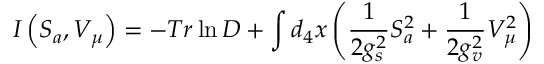
I \left( S _ { a } , V _ { \mu } \right) = - T r \ln D + \int d _ { 4 } x \left( \frac 1 { 2 g _ { s } ^ { 2 } } S _ { a } ^ { 2 } + \frac 1 { 2 g _ { v } ^ { 2 } } V _ { \mu } ^ { 2 } \right)